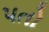
પતો